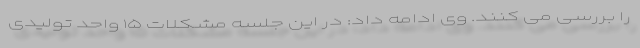
را بررسی می کنند. وی ادامه داد: در این جلسه مشکلات ۱۵ واحد تولیدی